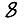
Digit: 8